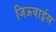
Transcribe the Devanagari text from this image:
जिऊबाईस